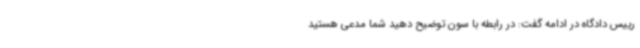
رییس دادگاه در ادامه گفت: در رابطه با سون توضیح دهید شما مدعی هستید